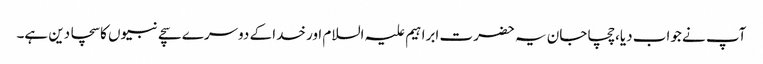
آپ نے جواب دیا،چچا جان یہ حضرت ابراہیم علیہ السلام اور خدا کے دوسرے سچے نبیوں کا سچا دین ہے۔